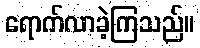
ရောက်လာခဲ့ကြသည်။